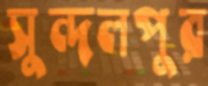
সুন্দলপুর